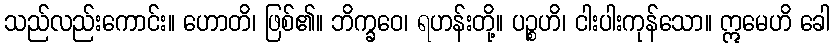
သည်လည်းကောင်း။ ဟောတိ၊ ဖြစ်၏။ ဘိက္ခဝေ၊ ရဟန်းတို့။ ပဉ္စဟိ၊ ငါးပါးကုန်သော။ ဣမေဟိ ခေါ